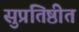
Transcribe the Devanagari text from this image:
सुप्रतिष्ठीत